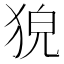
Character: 㹸